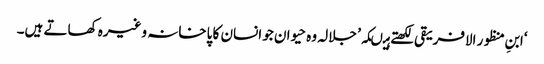
‘ابنِ منظور الافریقی لکھتے ہیںکہ’ جلالہ وہ حیوان جو انسان کا پاخانہ وغیرہ کھاتے ہیں۔